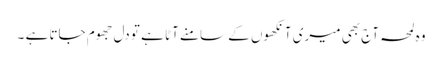
وہ لمحہ آج بھی میری آنکھوں کے سامنے آٹا ہے تو دل جھوم جاتا ہے ۔